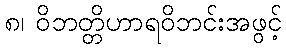
၈၊ ဝိဘတ္တိဟာရဝိဘင်းအဖွင့်